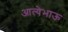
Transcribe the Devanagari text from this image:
आत्येभाऊ